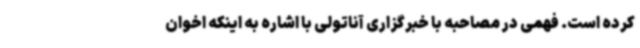
کرده است. فهمی در مصاحبه با خبرگزاری آناتولی با اشاره به اینکه اخوان